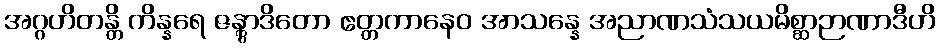
အဂ္ဂဟိတန္တိ ကိန္နရေ ဇန္တွာဒိတော ဧတ္တကာနေဝ အာသန္နေ အညာဏသံသယမိစ္ဆာဉာဏာဒီဟိ